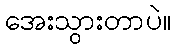
အေးသွားတာပဲ။